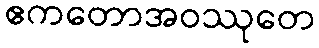
ဧကတောအဝဿုတေ